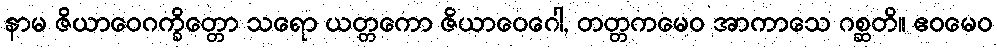
နာမ ဇိယာဝေဂက္ခိတ္တော သရော ယတ္တကော ဇိယာဝေဂေါ, တတ္တကမေဝ အာကာသေ ဂစ္ဆတိ။ ဧဝမေဝ